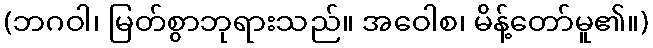
(ဘဂဝါ၊ မြတ်စွာဘုရားသည်။ အဝေါစ၊ မိန့်တော်မူ၏။)